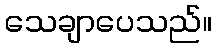
သေချာပေသည်။